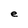
Character: e